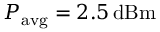
P _ { \mathrm { a v g } } = 2 . 5 \, \mathrm { d B m }